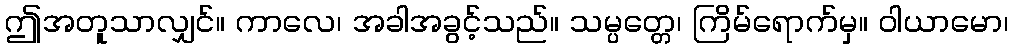
ဤအတူသာလျှင်။ ကာလေ၊ အခါအခွင့်သည်။ သမ္ပတ္တေ၊ ကြိမ်ရောက်မှ။ ဝါယာမော၊